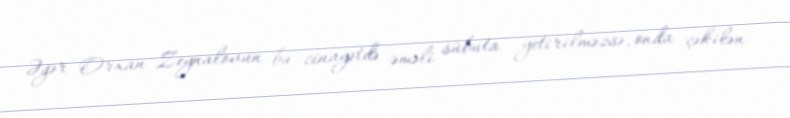
Əgər Orxan Zeynalovun bu cinayətdə əməli sübuta yetirilməzsə, onda çəkilən